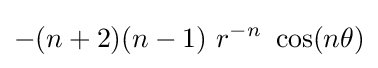
-(n+2)(n-1)~r^{-n}~\cos(n\theta )